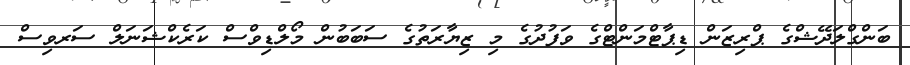
ބަންގްލަދޭޝްގެ ޕްރިޒަން ޑިޕާޓްމަންޓްގެ ވަފުދުގެ މި ޒިޔާރަތުގެ ސަބަބުން މޯލްޑިވްސް ކަރެކްޝަނަލް ސަރވިސް